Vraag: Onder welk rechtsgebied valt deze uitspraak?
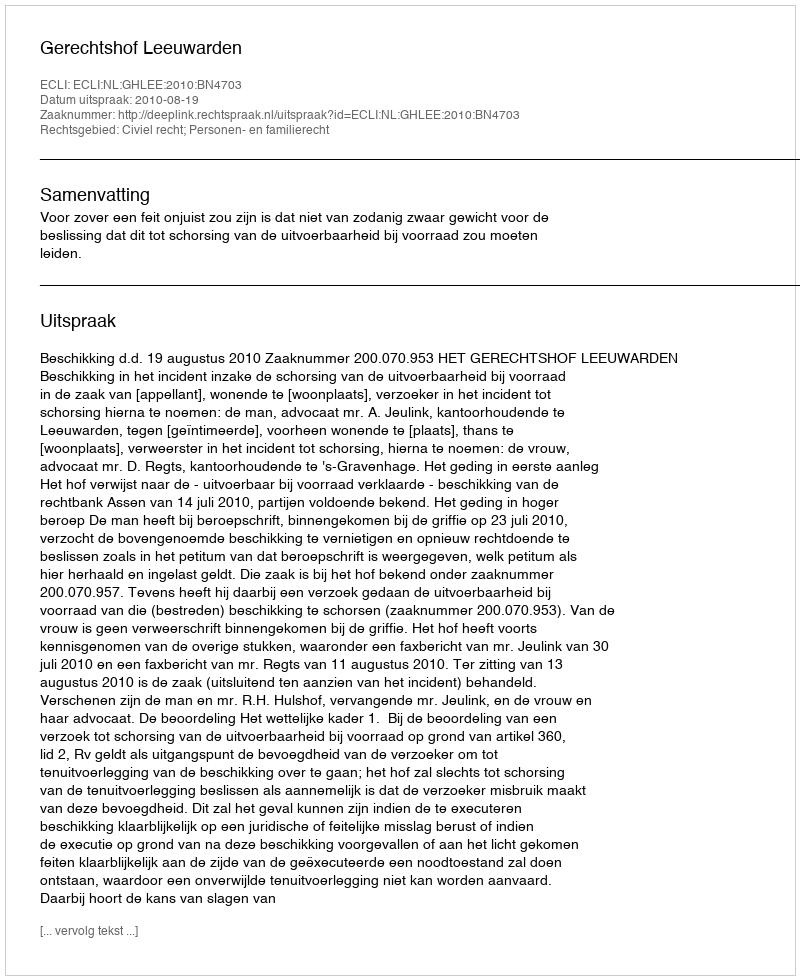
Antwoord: Civiel recht; Personen- en familierecht